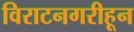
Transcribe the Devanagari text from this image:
विराटनगरीहून